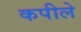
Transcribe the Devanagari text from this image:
कपीले